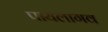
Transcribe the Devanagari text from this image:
पायलागव